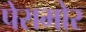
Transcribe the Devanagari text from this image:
पेरामोर